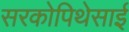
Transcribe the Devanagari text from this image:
सरकोपिथेसाई